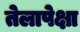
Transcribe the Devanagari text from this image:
तेलापेक्षा